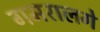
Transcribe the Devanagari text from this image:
गमरालगे